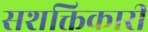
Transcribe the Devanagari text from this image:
सशक्तिकारी